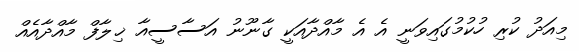
މިއަދު ކުރި ހުކުމުގައިވަނީ އެ އެ މާއްދާއަކީ ގާނޫނު އަސާސީއާ ޚިލާފް މާއްދާއެއް